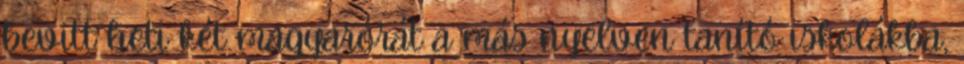
bevitt heti két magyarórát a más nyelven tanító iskolákba,